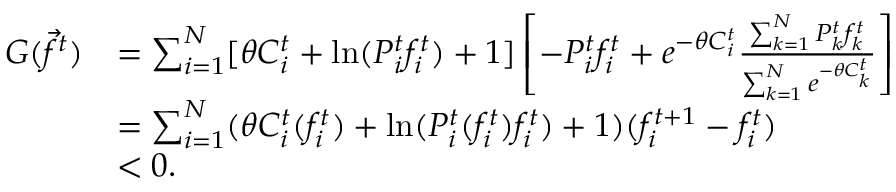
\begin{array} { r l } { G ( \vec { f } ^ { t } ) } & { = \sum _ { i = 1 } ^ { N } [ \theta C _ { i } ^ { t } + \mathrm { l n } ( P _ { i } ^ { t } f _ { i } ^ { t } ) + 1 ] \left[ - P _ { i } ^ { t } f _ { i } ^ { t } + e ^ { - \theta C _ { i } ^ { t } } \frac { \sum _ { k = 1 } ^ { N } P _ { k } ^ { t } f _ { k } ^ { t } } { \sum _ { k = 1 } ^ { N } e ^ { - \theta C _ { k } ^ { t } } } \right] } \\ & { = \sum _ { i = 1 } ^ { N } ( \theta C _ { i } ^ { t } ( f _ { i } ^ { t } ) + \mathrm { l n } ( P _ { i } ^ { t } ( f _ { i } ^ { t } ) f _ { i } ^ { t } ) + 1 ) ( f _ { i } ^ { t + 1 } - f _ { i } ^ { t } ) } \\ & { < 0 . } \end{array}